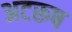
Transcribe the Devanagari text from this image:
अटरूष